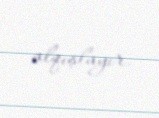
alqışlayır.